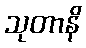
သုတာနိ